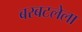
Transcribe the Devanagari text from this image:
बरबटलेला